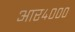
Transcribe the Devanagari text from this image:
आर४०००